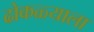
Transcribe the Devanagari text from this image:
ढोकळ्याला